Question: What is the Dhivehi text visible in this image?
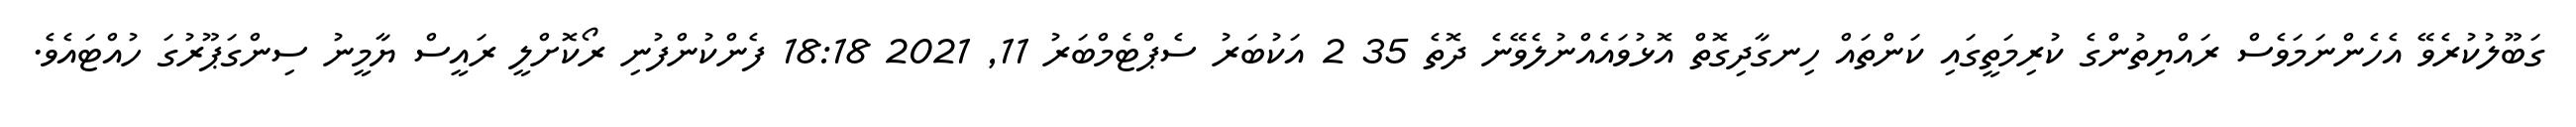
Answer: ގަބޫލުކުރެވޭ އެހެންނަމަވެސް ރައްޔިތުންގެ ކުރިމަތީގައި ކަންތައް ހިނގާދިގޮތް އޮޅުވައެއްނުލެވޭނެ ދޮތެ 35 2 އަކުބަރު ސެޕްޓެމްބަރު 11, 2021 18:18 ފެންކުންފުނި ރޯކޮށްލީ ރައީސް ޔާމީނު ސިންގަޕޫރުގަ ހުއްޓައެވެ.